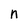
Character: n